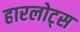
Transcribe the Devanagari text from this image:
हारलोट्स